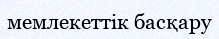
мемлекеттік басқару